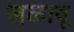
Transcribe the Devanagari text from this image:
जळावू